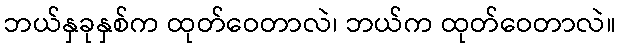
ဘယ်နှခုနှစ်က ထုတ်ဝေတာလဲ၊ ဘယ်က ထုတ်ဝေတာလဲ။